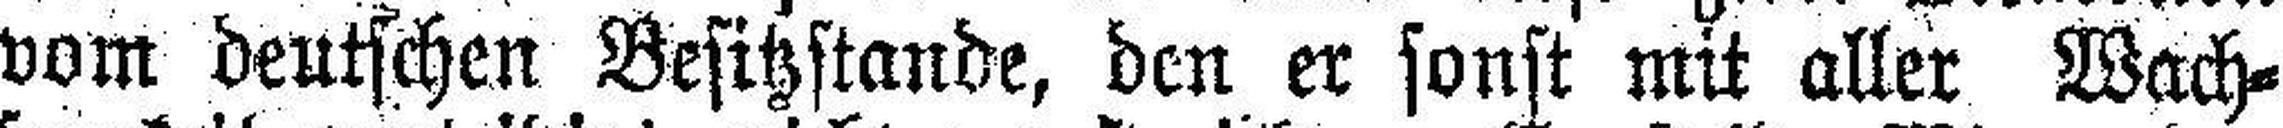
vom deutschen Besitzstande, den er sonst mit aller Wach¬